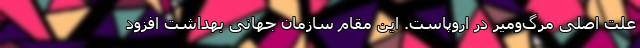
علت اصلی مرگ‌ومیر در اروپاست. این مقام سازمان جهانی بهداشت افزود